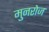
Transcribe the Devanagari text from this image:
मुनरोज